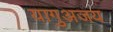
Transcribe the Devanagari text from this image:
यागुअजय